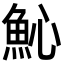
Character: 𩵽